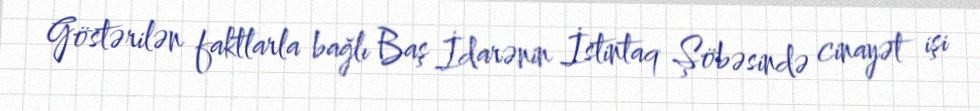
Göstərilən faktlarla bağlı Baş İdarənin İstintaq Şöbəsində cinayət işi